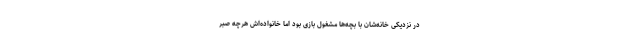
در نزدیکی خانه‌شان با بچه‌ها مشغول بازی بود اما خانواده‌اش هرچه صبر